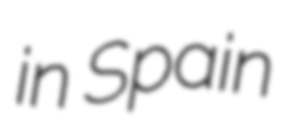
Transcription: in Spain